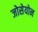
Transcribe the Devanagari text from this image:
जोसेयोन